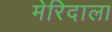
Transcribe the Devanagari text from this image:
मेरिदाला